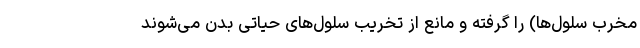
مخرب سلول‌ها) را گرفته و مانع از تخریب سلول‌های حیاتی بدن می‌شوند